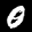
Label: 0